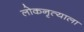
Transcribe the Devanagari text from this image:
लोकनृत्याला